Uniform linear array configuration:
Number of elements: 12
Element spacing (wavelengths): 1
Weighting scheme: cosine
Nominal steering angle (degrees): -45
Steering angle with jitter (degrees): -45.253
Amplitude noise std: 0.05
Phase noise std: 0.05

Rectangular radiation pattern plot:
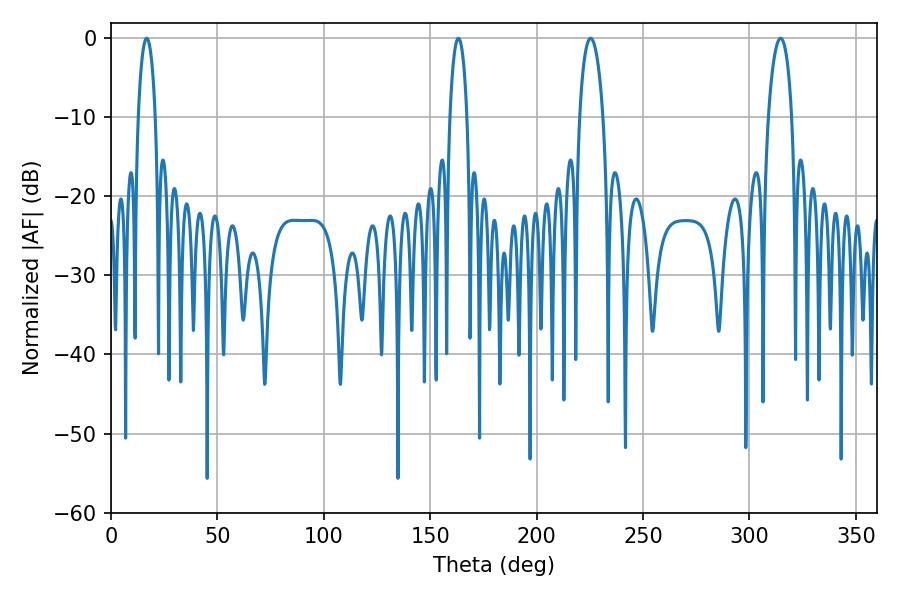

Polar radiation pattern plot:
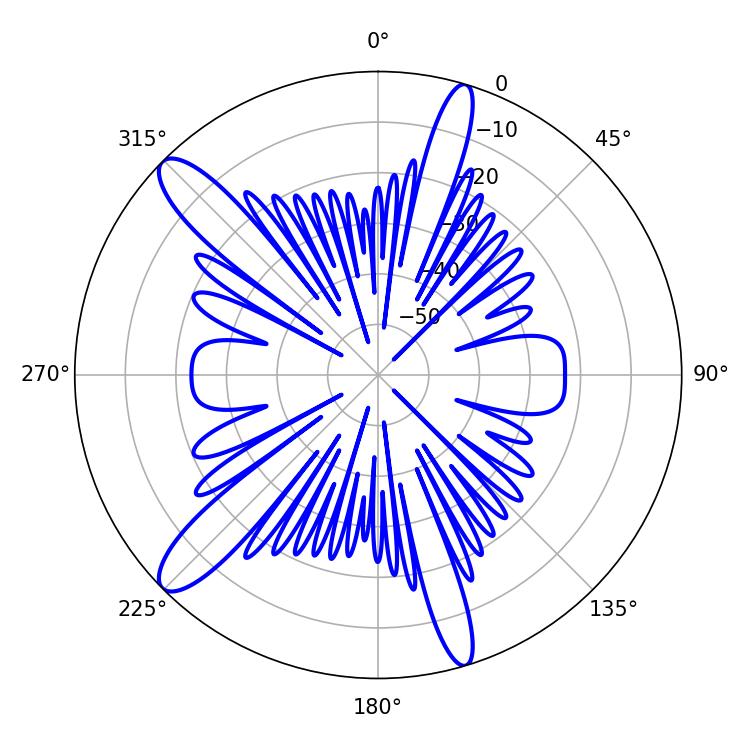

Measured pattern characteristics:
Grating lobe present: TRUE
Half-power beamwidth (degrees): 6.3
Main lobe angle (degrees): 225.36